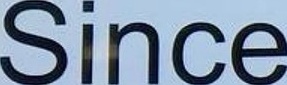
Since